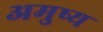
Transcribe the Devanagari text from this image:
अमुष्य